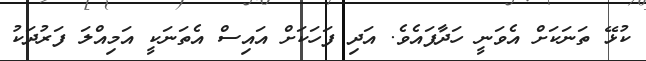
ކުޅޭ ތަނަކަށް އެވަނީ ހަދާފައެވެ. އަދި ފަހަކަށް އައިސް އެތަނަކީ އަމިއްލަ ފަރުދަކު